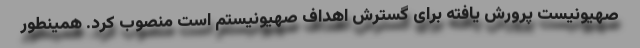
صهیونیست پرورش یافته برای گسترش اهداف صهیونیستم است منصوب کرد. همینطور